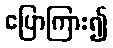
ပြောကြား၍